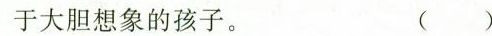
于大胆想象的孩子。 ( )